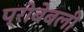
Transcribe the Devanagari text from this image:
प्रोबेबली